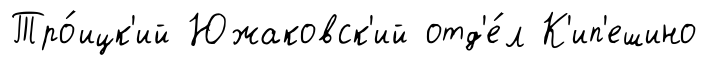
Тро́ицк'ий Южаковск'ий отд'е́л К'ип'ешино